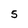
Character: 5